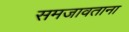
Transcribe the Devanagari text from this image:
समजावताना